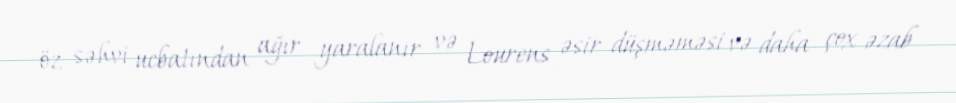
öz səhvi ucbatından ağır yaralanır və Lourens əsir düşməməsi və daha çox əzab